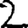
Digit: 2